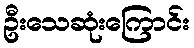
ဦးသေဆုံးကြောင်း